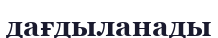
дағдыланады